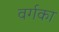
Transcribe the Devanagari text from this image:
वर्गका